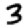
Digit: 3